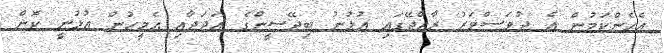
އެހެންކަމުން އެ ދުވަސްވަރު ރާއްޖޭގައި އުޅުނު ބިދޭސީންގެ އަދަދާއި އެމީހުން އުޅުނީ ކޮން